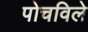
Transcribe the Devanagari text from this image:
पोचविले